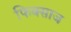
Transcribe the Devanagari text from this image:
फिक्साज